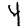
Digit: 4